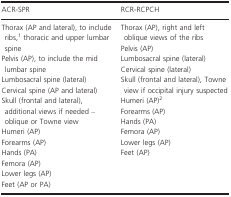
<table><thead><tr><td><b>ACR‐SPR</b></td><td><b>RCR‐RCPCH</b></td></tr></thead><tbody><tr><td>Thorax (AP and lateral), to include ribs,a thoracic and upper lumbar spinePelvis (AP), to include the mid lumbar spineLumbosacral spine (lateral)Cervical spine (AP and lateral)Skull (frontal and lateral), additional views if needed – oblique or Towne viewHumeri (AP)Forearms (AP)Hands (PA)Femora (AP)Lower legs (AP)Feet (AP or PA)</td><td>Thorax (AP), right and left oblique views of the ribsPelvis (AP)Lumbosacral spine (lateral)Cervical spine (lateral)Skull (frontal and lateral), Towne view if occipital injury suspectedHumeri (AP)bForearms (AP)Hands (PA)Femora (AP)Lower legs (AP)Feet (AP)</td></tr></tbody></table>